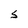
Character: S